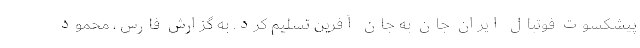
پیشکسوت فوتبال ایران جان به جان آفرین تسلیم کرد. به گزارش فارس، محمود